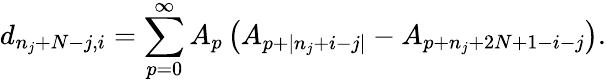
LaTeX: d_{n_{j}+N-j,i}=\sum_{p=0}^{\infty}A_{p}\left(A_{p+|n_{j}+i-j|}-A_{p+n_{j}+2N+1-i-j}\right).